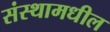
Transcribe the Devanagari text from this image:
संस्थामधील